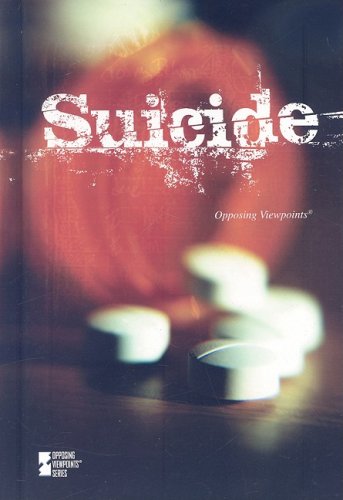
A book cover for Suicide (Opposing Viewpoints); Jacqueline Langwith; Teen & Young Adult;